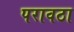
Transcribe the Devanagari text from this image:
परावठा